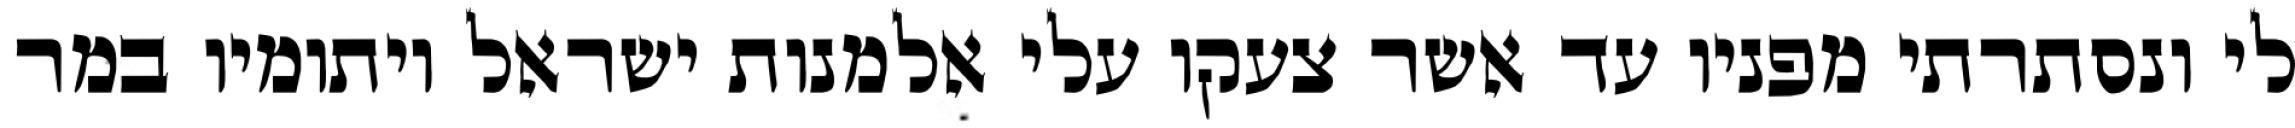
לי ונסתרתי מפניו עד אשר צעקו עלי אלמנות ישראל ויתומיו במר